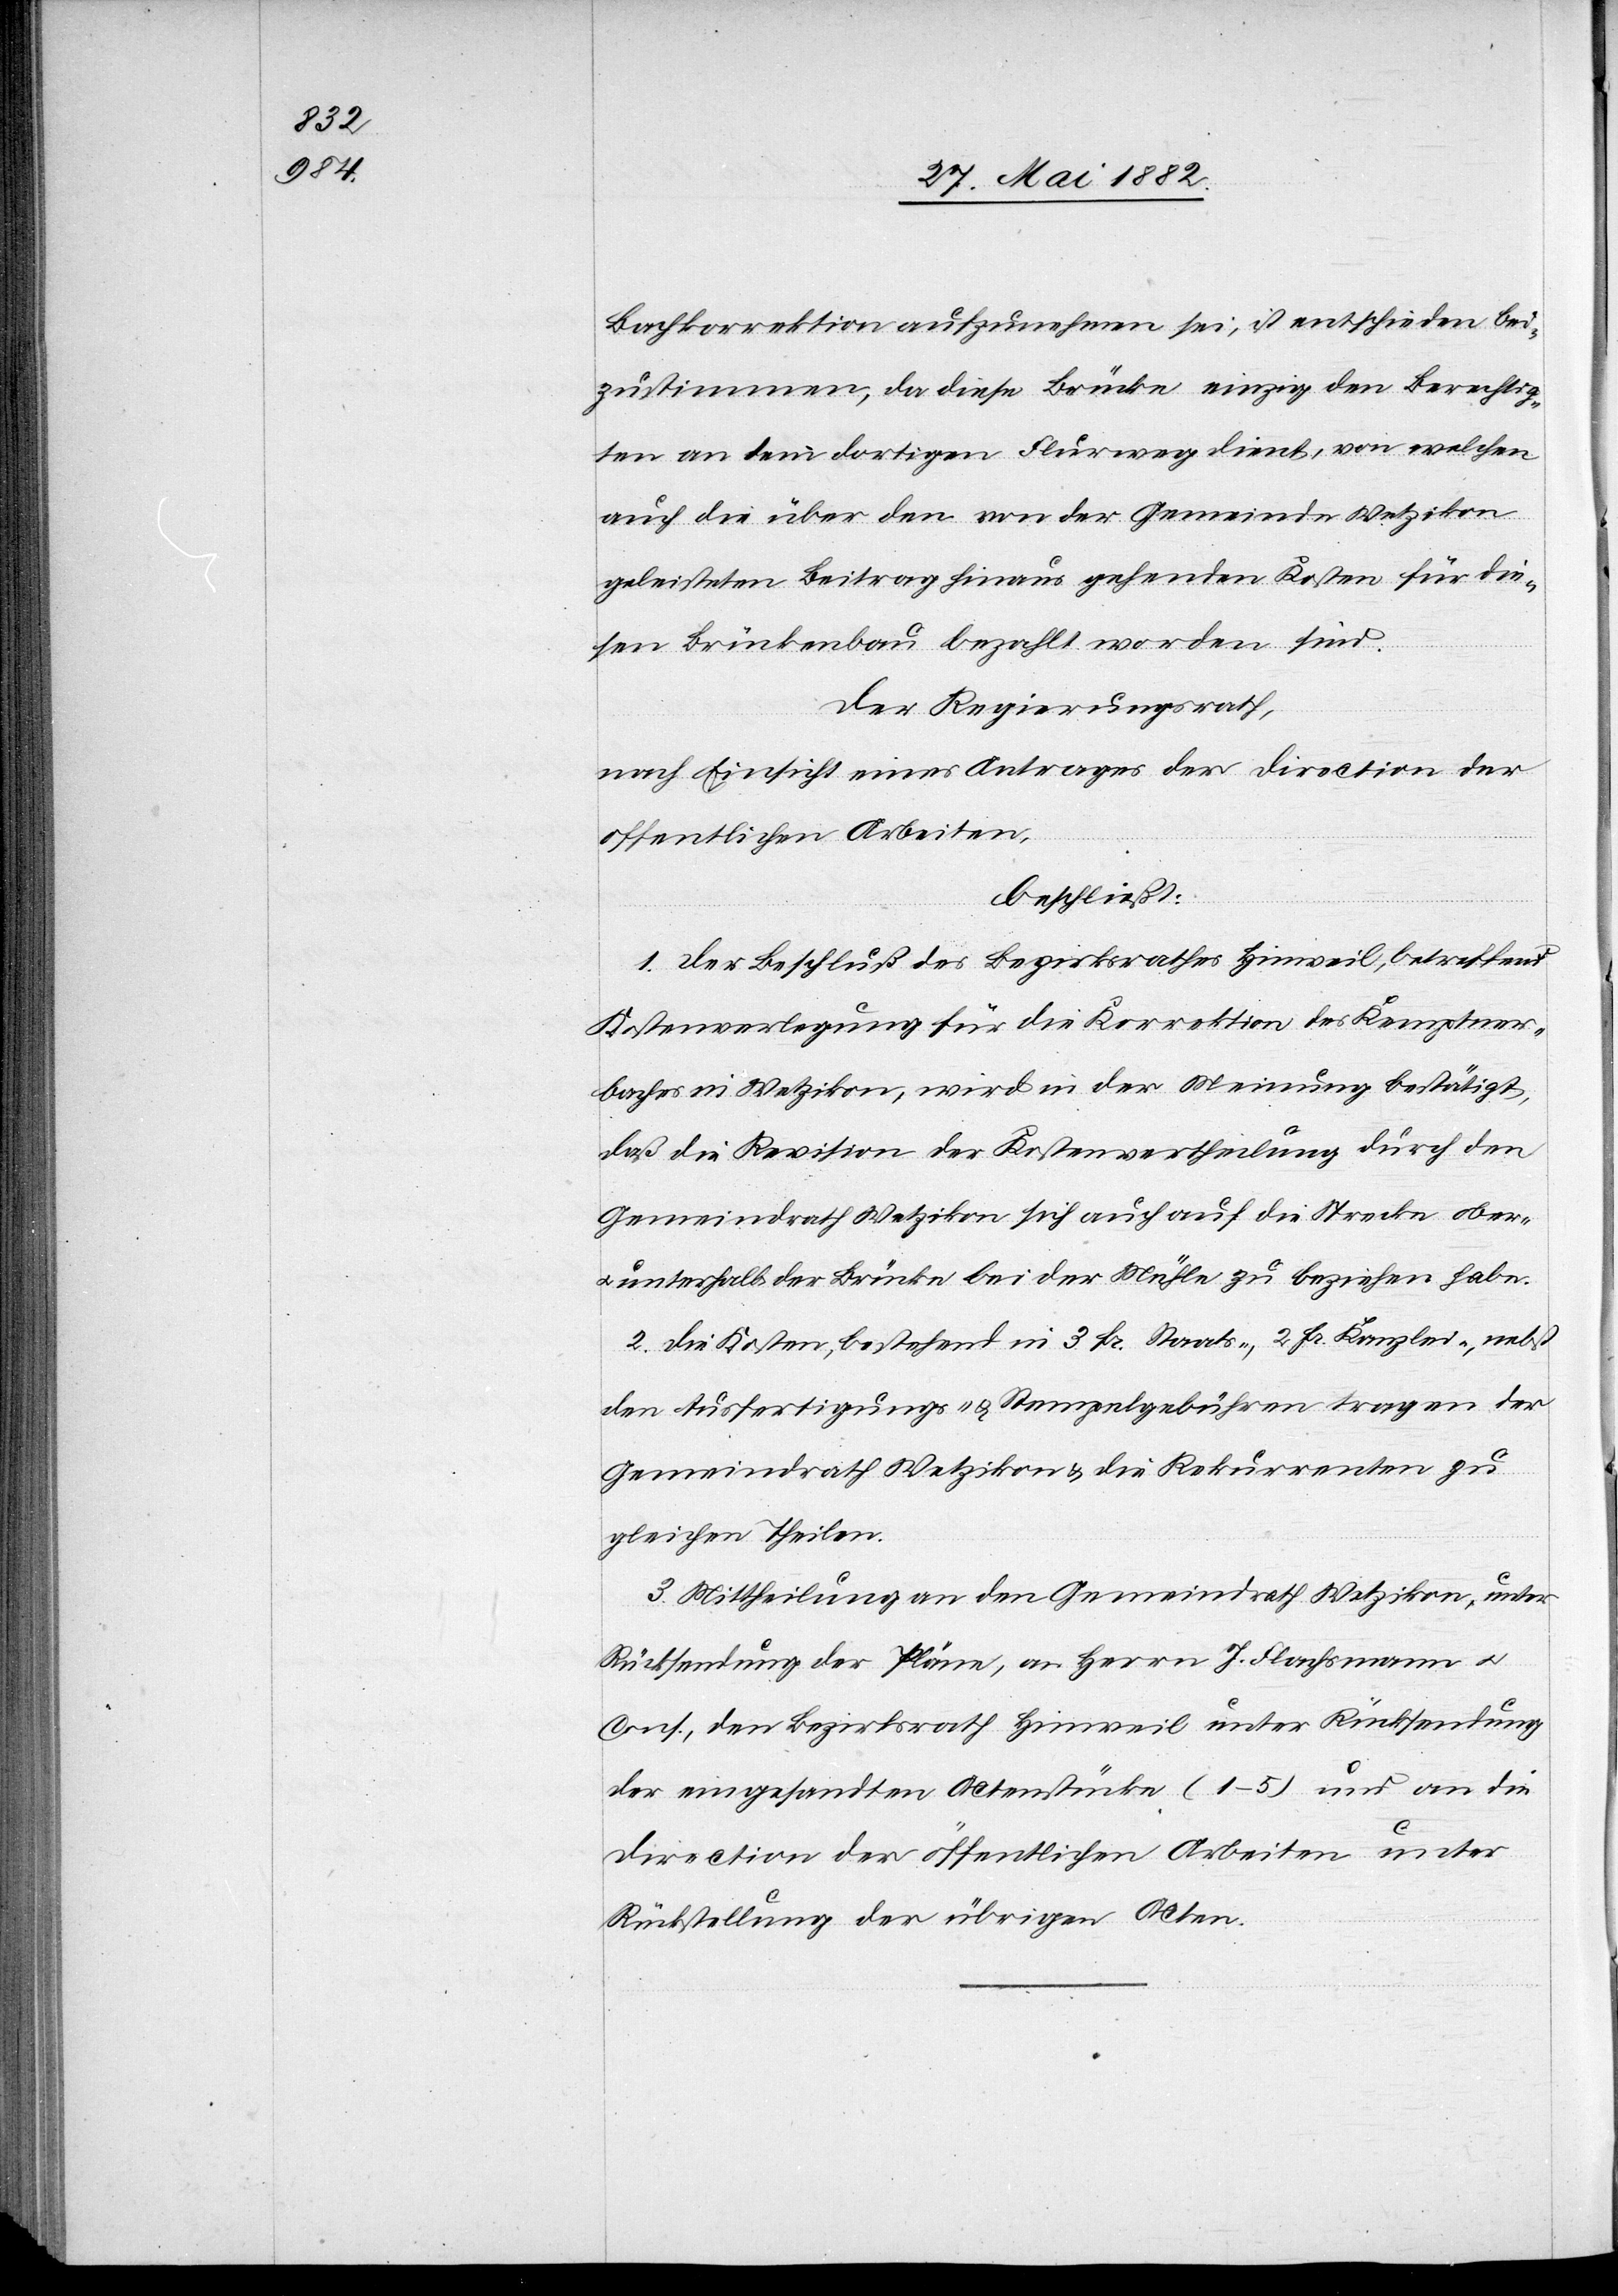
Bachkorrektion aufzunehmen sei, ist entschieden bei¬
zustimmen, da diese Brücke einzig den Berechtig¬
ten an dem dortigen Flurweg dient, von welchen
auch die über den von der Gemeinde Wetzikon
geleisteten Beitrag hinaus gehenden Kosten für die¬
sen Brückenbau bezahlt worden sind.
Der Regierungsrath,
nach Einsicht eines Antrages der Direction der
öffentlichen Arbeiten,
beschließt:
1. Der Beschluß des Bezirksrathes Hinweil, betreffend
Kostenverlegung für die Korrektion des Kemptner¬
baches in Wetzikon, wird in der Meinung bestätigt,
daß die Revision der Kostenvertheilung durch den
Gemeindrath Wetzikon sich auch auf die Strecke ober-
unterhalb der Brücke bei der Mühle zu beziehen habe.
2. Die Kosten, bestehend in 3 Fr. Staats-, 2 Fr. Kanzlei-, nebst
den Ausfertigungs- & Stempelgebühren tragen der
Gemeindrath Wetzikon & die Rekurrenten zu
gleichen Theilen.
3. Mittheilung an den Gemeindrath Wetzikon, unter
Rücksendung der Pläne, an Herrn J. Flachsmann u.
Cons., den Bezirksrath Hinweil unter Rücksendung
der eingesandten Actenstücke (1–5) und an die
Direction der öffentlichen Arbeiten unter
Rückstellung der übrigen Akten.